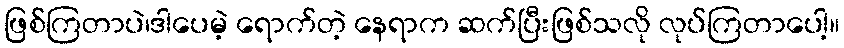
ဖြစ်ကြတာပဲ၊ဒါပေမဲ့ ရောက်တဲ့ နေရာက ဆက်ပြီးဖြစ်သလို လုပ်ကြတာပေါ့။